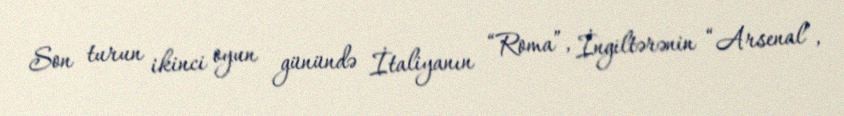
Son turun ikinci oyun günündə İtaliyanın “Roma”, İngiltərənin “Arsenal”,